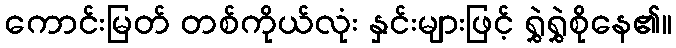
ကောင်းမြတ် တစ်ကိုယ်လုံး နှင်းများဖြင့် ရွှဲရွှဲစိုနေ၏။